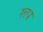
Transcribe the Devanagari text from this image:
रूप्‍ा